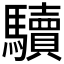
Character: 𩧈